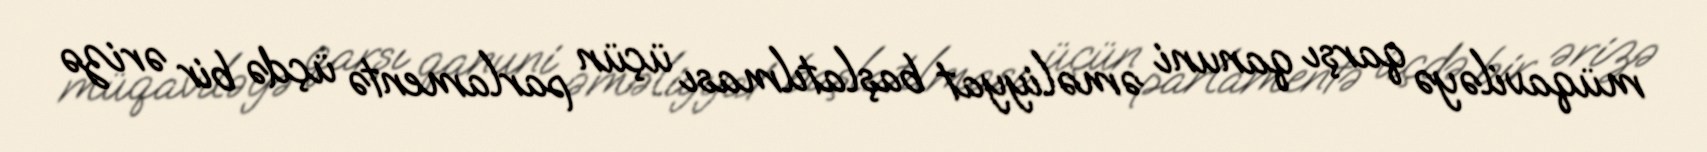
müqaviləyə qarşı qanuni əməliyyat başlatılması üçün parlamentə üçdə bir ərizə